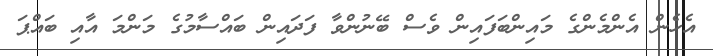
އެހެން އެންމެންގެ މައިންބަފައިން ވެސް ބޭނުންވާ ފަދައިން ބައްސާމުގެ މަންމަ އާއި ބައްޕަ